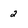
Character: 2